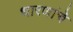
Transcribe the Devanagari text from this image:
धारणांचे